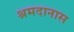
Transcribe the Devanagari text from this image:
श्रमदानास